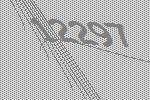
12297